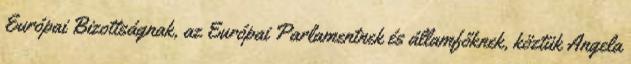
Európai Bizottságnak, az Európai Parlamentnek és államfőknek, köztük Angela